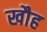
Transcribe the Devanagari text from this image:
खौह